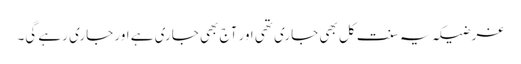
غرضیکہ یہ سنت کل بھی جاری تھی اور آج بھی جاری ہے اور جاری رہے گی۔